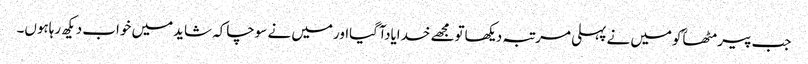
جب پیرمٹھاؒکومیں نے پہلی مرتبہ دیکھاتومجھے خدایادآگیااورمیں نے سوچاکہ شایدمیں خواب دیکھ رہاہوں۔